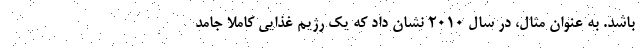
باشد. به عنوان مثال، در سال 2010 نشان داد که یک رژیم غذایی کاملا جامد